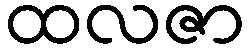
ထလဇာ